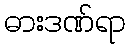
ဓားဒဏ်ရာ